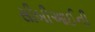
સીબીઆઈની